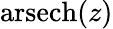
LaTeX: \operatorname{arsech}(z)